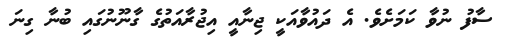
ސާފު ނުވާ ކަމަށެވެ. އެ ދައުވާއަކީ ޖިނާއީ އިޖުރާއަތުގެ ގާނޫނުގައި ބުނާ ގިނަ